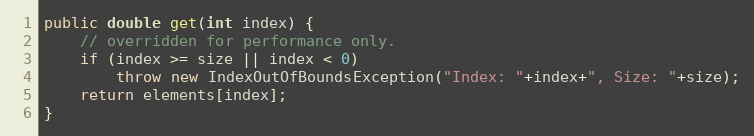
Language: Java
public double get(int index) {
	// overridden for performance only.
	if (index >= size || index < 0)
		throw new IndexOutOfBoundsException("Index: "+index+", Size: "+size);
	return elements[index];
}